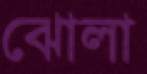
ঝোলা